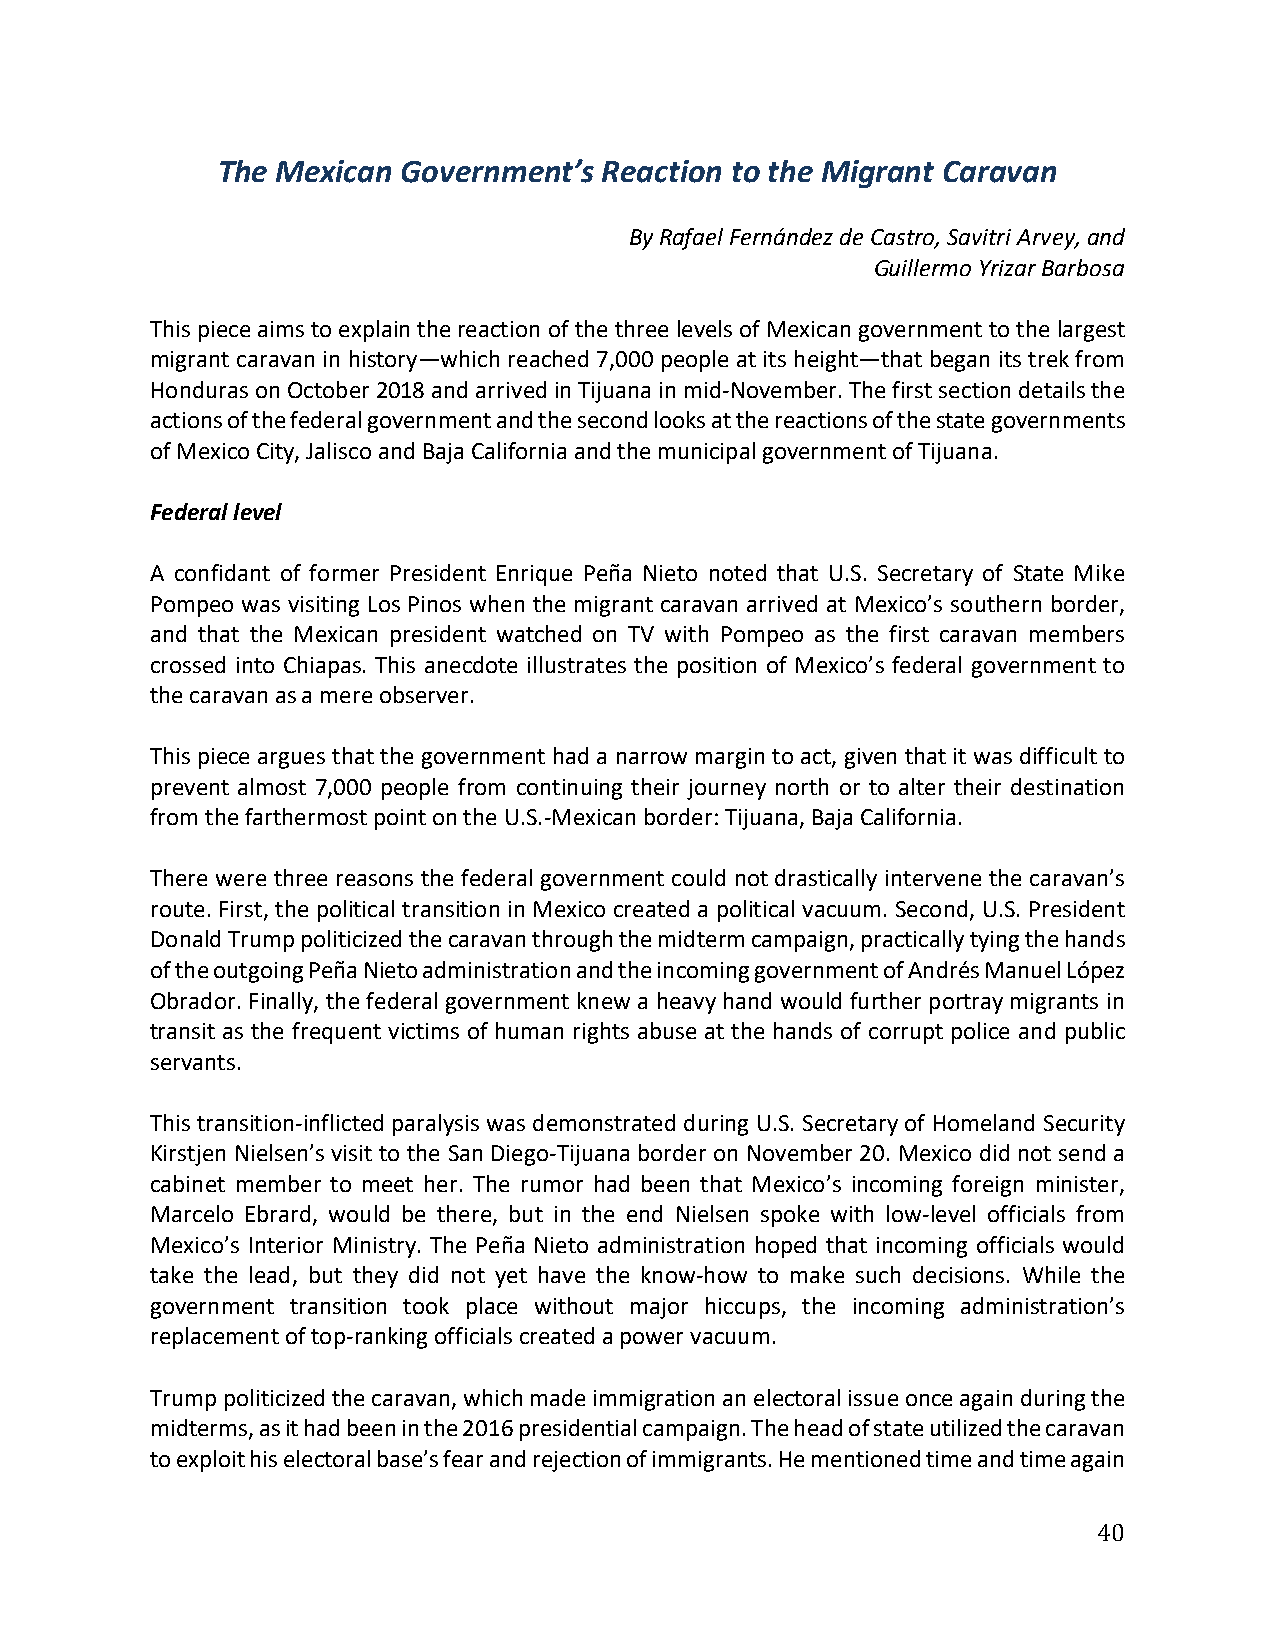
The Mexican  Government’s Reaction to the Migrant Caravan
 By Rafael Fernández de Castro, Savitri Arvey, and
 Guillermo Yrizar Barbosa
 This piece aims to explain the reaction of the three levels of Mexican government to the largest
 migrant caravan in history—which reached 7,000 people at its height—that began its trek from
 Honduras on October 2018 and arrived in Tijuana in mid-November. The first section details the
 actions of the federal government and the second looks at the reactions of the state governments
 of Mexico City, Jalisco and Baja California and the municipal government of Tijuana.
 Federal level
 A confidant of former President Enrique Peña Nieto noted that U.S. Secretary of State Mike
 Pompeo was visiting Los Pinos when the migrant caravan arrived at Mexico’s southern border,
 and that the Mexican president watched on TV with Pompeo as the first caravan members
 crossed into Chiapas. This anecdote illustrates the position of Mexico’s federal government to
 the caravan as a mere observer.
 This piece argues that the government had a narrow margin to act, given that it was difficult to
 prevent almost 7,000 people from continuing their journey north or to alter their destination
 from the farthermost point on the U.S.-Mexican border: Tijuana, Baja California.
 There were three reasons the federal government could not drastically intervene the caravan’s
 route. First, the political transition in Mexico created a political vacuum. Second, U.S. President
 Donald Trump politicized the caravan through the midterm campaign, practically tying the hands
 of the outgoing Peña Nieto administration and the incoming government of Andrés Manuel López
 Obrador. Finally, the federal government knew a heavy hand would further portray migrants in
 transit as the frequent victims of human rights abuse at the hands of corrupt police and public
 servants.
 This transition-inflicted paralysis was demonstrated during U.S. Secretary of Homeland Security
 Kirstjen Nielsen’s visit to the San Diego-Tijuana border on November 20. Mexico did not send a
 cabinet member to meet her. The rumor had been that Mexico’s incoming foreign minister,
 Marcelo Ebrard, would be there, but in the end Nielsen spoke with low-level officials from
 Mexico’s Interior Ministry. The Peña Nieto administration hoped that incoming officials would
 take the lead, but they did not yet have the know-how to make such decisions. While the
 government transition took place without major hiccups, the incoming administration’s
 replacement of top-ranking officials created a power vacuum.
 Trump politicized the caravan, which made immigration an electoral issue once again during the
 midterms, as it had been in the 2016 presidential campaign. The head of state utilized the caravan
 to exploit his electoral base’s fear and rejection of immigrants. He mentioned time and time again
 40